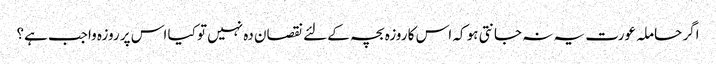
اگر حاملہ عورت یہ نہ جانتی ہو کہ اس کا روزہ بچہ کے لئے نقصان دہ نہیں تو کیا اس پر روزہ واجب ہے؟